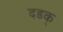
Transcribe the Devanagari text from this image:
दडक्